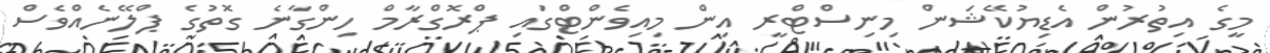
މީގެ އިތުރުން އެޑިޔުކޭޝަން މިނިސްޓްރީ އިން މިއިވެންޓްގައި ޕްރޮގްރާމް ހިންގާނެ ގޮތުގެ ޕްލޭނެއްވެސް